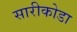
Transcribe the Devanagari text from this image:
सारीकोडा